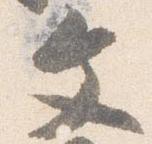
文